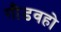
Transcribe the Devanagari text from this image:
गौडवहो